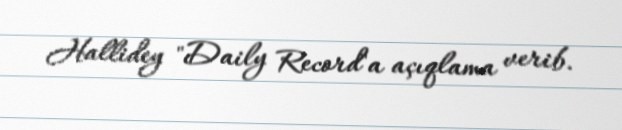
Hallidey "Daily Record"a açıqlama verib.